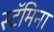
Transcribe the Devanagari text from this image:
स्टॅमिना